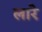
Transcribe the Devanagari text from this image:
लारे